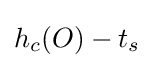
h_{c}(O)-t_{s}